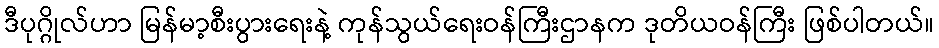
ဒီပုဂ္ဂိုလ်ဟာ မြန်မာ့စီးပွားရေးနဲ့ ကုန်သွယ်ရေးဝန်ကြီးဌာနက ဒုတိယဝန်ကြီး ဖြစ်ပါတယ်။